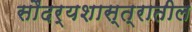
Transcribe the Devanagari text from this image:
सौंदर्यशास्त्रातील